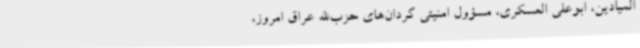
المیادین،‌ ابوعلی العسکری، مسؤول امنیتی گردان‌های حزب‌الله عراق امروز،